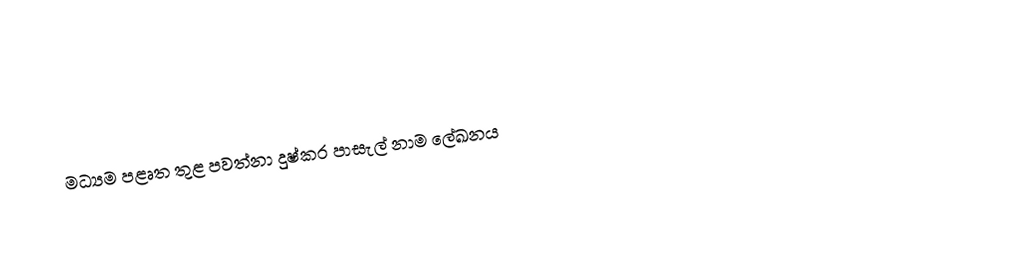
මධ්‍යම පළෘත තුළ පවත්නා දුෂ්කර පාසැල් නාම ලේඛනය